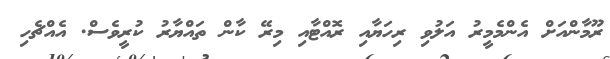
ރޫމާންއަށް އެންމެމީރު އަލުވި ރިހަޔާއި ރޮއްޓާއި މިރޭ ކާން ތައްޔާރު ކުރީވެސް. އެއްޗެހި